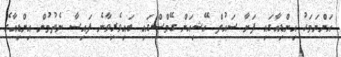
އަންނަމަހު އިންޑިއާގައި ފަށާ ސައުތް އޭޝިއަން ގޭމްސްގައި ބައިވެރިވާނެ ފައިސާ ނެތުމުން އިންޑިއާގެ